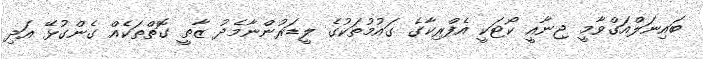
ބައިނަލްއަގްވާމީ ޖިނާއީ ކޯޓަކީ އެފްރިކާގެ ގައުމުތަކުގެ ލީޑަރުންނާމެދު ޒާތީ ގޮތްތަކެއް ގެންގުޅޭ އަދި